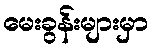
မေးခွန်းများမှာ